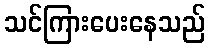
သင်ကြားပေးနေသည်